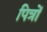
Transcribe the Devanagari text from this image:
पित्रों